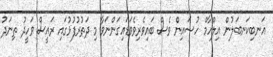
އަނބިކަނބަލުން އިލްހާމް ހުސައިން ވެސް ބައިވެރިވެވަޑައިގަންނަވާ މި ދަތުރުފުޅުގައި ރައީސް ވަހީދު ތިނަދު